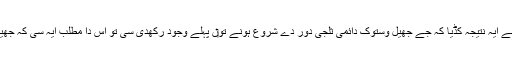
انہاں دی تحقیق دے ذریعہ، سائنس داناں نے ایہ نتیجہ کڈیا کہ جے جھیل وستوک دائمی ثلجی دور دے شروع ہونے تو‏ں پہلے وجود رکھدی سی تو اس دا مطلب ایہ سی کہ جھیل اپنی تہ تک مکمل منجمد نئيں ہوئی سی۔